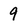
Character: 9